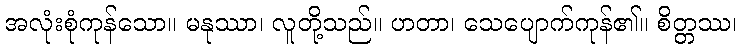
အလုံးစုံကုန်သော။ မနုဿာ၊ လူတို့သည်။ ဟတာ၊ သေပျောက်ကုန်၏။ စိတ္တဿ၊